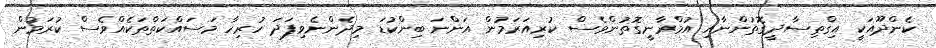
ކެންދޫއަކީ އިގްތިސާދީގޮތުންނާއި އުމްރާނީގޮތުންވެސް ކުރިއަރަމުން އަންނަ ބިންކުޑަ މިދެންނެވިފަދަ ހުރިހާ މަސައްކަތްތަކެއްވެސް ކުރަމުން